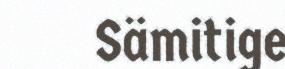
Sämitige